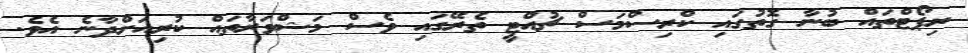
ރިޕޯޓްތައް ބުނާ ގޮތުގައި ކްރިސްމަސް ޗުއްޓީ ތެރޭގައި ވެސް މަޝްވަރާތައް ކުރިއަށްދާނެ އެވެ.